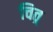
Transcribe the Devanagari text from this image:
चित्र्